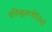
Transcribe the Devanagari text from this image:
प्रतिकूलनीतियों